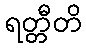
ရတ္တီတိ